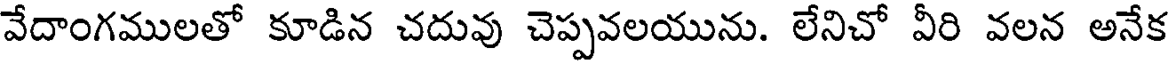
వేదాంగములతో కూడిన చదువు చెప్పవలయును. లేనిచో వీరి వలన అనేక